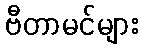
ဗီတာမင်များ